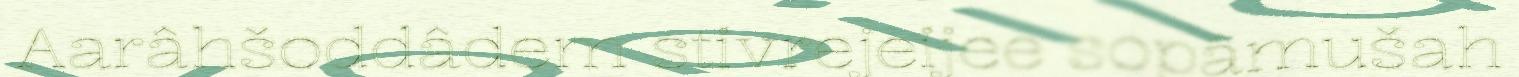
Aarâhšoddâdem stivrejeijee sopâmušah